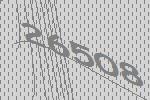
26508